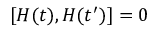
[ H ( t ) , H ( t ^ { \prime } ) ] = 0